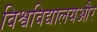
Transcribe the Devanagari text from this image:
विश्वविद्यालयऔर